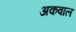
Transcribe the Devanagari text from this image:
अकवाल